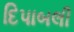
દિપાબલી